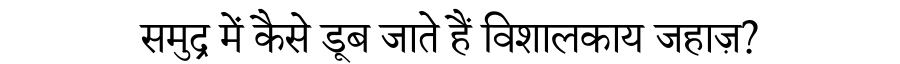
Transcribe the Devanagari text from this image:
समुद्र में कैसे डूब जाते हैं विशालकाय जहाज़?